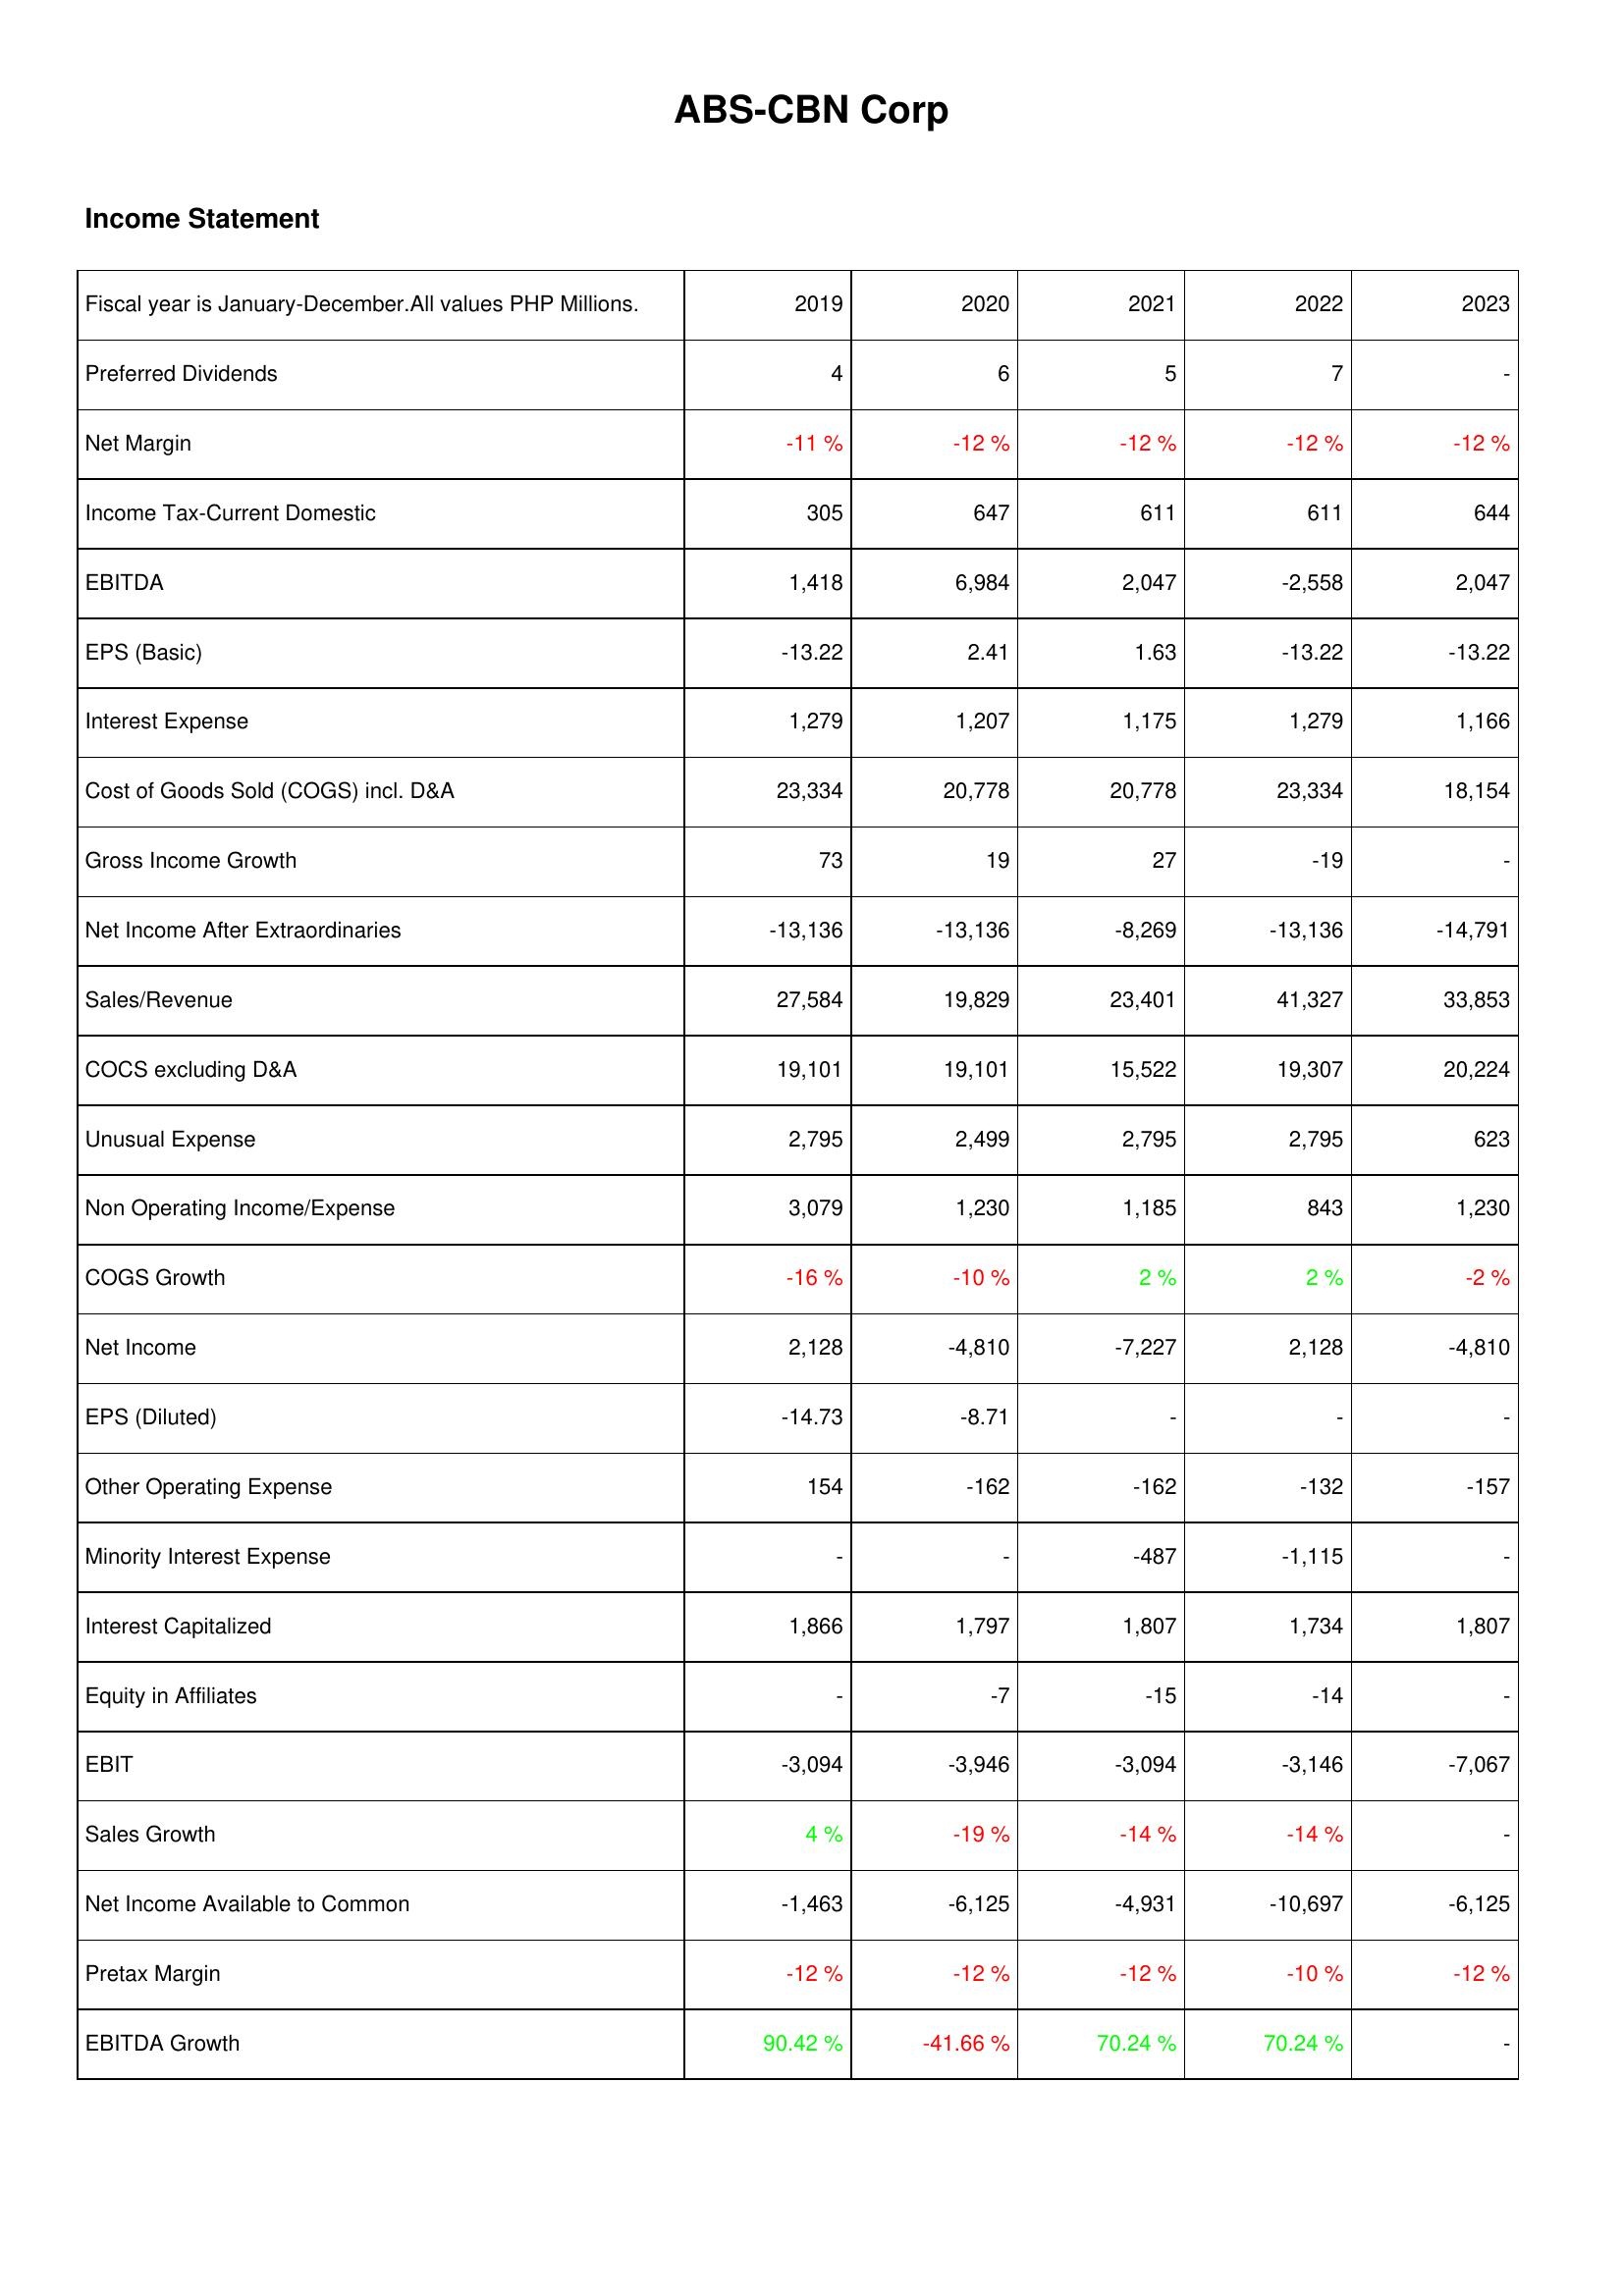
2019: Income Statement: Preferred Dividends: 4
Net Margin: -11 %
Income Tax-Current Domestic: 305
EBITDA: 1,418
EPS (Basic): -13.22
Interest Expense: 1,279
Cost of Goods Sold (COGS) incl. D&A: 23,334
Gross Income Growth: 73
Net Income After Extraordinaries: -13,136
Sales/Revenue: 27,584
COCS excluding D&A: 19,101
Unusual Expense: 2,795
Non Operating Income/Expense: 3,079
COGS Growth: -16 %
Net Income: 2,128
EPS (Diluted): -14.73
Other Operating Expense: 154
Minority Interest Expense: -
Interest Capitalized: 1,866
Equity in Affiliates: -
EBIT: -3,094
Sales Growth: 4 %
Net Income Available to Common: -1,463
Pretax Margin: -12 %
EBITDA Growth: 90.42 %
2020: Income Statement: Preferred Dividends: 6
Net Margin: -12 %
Income Tax-Current Domestic: 647
EBITDA: 6,984
EPS (Basic): 2.41
Interest Expense: 1,207
Cost of Goods Sold (COGS) incl. D&A: 20,778
Gross Income Growth: 19
Net Income After Extraordinaries: -13,136
Sales/Revenue: 19,829
COCS excluding D&A: 19,101
Unusual Expense: 2,499
Non Operating Income/Expense: 1,230
COGS Growth: -10 %
Net Income: -4,810
EPS (Diluted): -8.71
Other Operating Expense: -162
Minority Interest Expense: -
Interest Capitalized: 1,797
Equity in Affiliates: -7
EBIT: -3,946
Sales Growth: -19 %
Net Income Available to Common: -6,125
Pretax Margin: -12 %
EBITDA Growth: -41.66 %
2021: Income Statement: Preferred Dividends: 5
Net Margin: -12 %
Income Tax-Current Domestic: 611
EBITDA: 2,047
EPS (Basic): 1.63
Interest Expense: 1,175
Cost of Goods Sold (COGS) incl. D&A: 20,778
Gross Income Growth: 27
Net Income After Extraordinaries: -8,269
Sales/Revenue: 23,401
COCS excluding D&A: 15,522
Unusual Expense: 2,795
Non Operating Income/Expense: 1,185
COGS Growth: 2 %
Net Income: -7,227
EPS (Diluted): -
Other Operating Expense: -162
Minority Interest Expense: -487
Interest Capitalized: 1,807
Equity in Affiliates: -15
EBIT: -3,094
Sales Growth: -14 %
Net Income Available to Common: -4,931
Pretax Margin: -12 %
EBITDA Growth: 70.24 %
2022: Income Statement: Preferred Dividends: 7
Net Margin: -12 %
Income Tax-Current Domestic: 611
EBITDA: -2,558
EPS (Basic): -13.22
Interest Expense: 1,279
Cost of Goods Sold (COGS) incl. D&A: 23,334
Gross Income Growth: -19
Net Income After Extraordinaries: -13,136
Sales/Revenue: 41,327
COCS excluding D&A: 19,307
Unusual Expense: 2,795
Non Operating Income/Expense: 843
COGS Growth: 2 %
Net Income: 2,128
EPS (Diluted): -
Other Operating Expense: -132
Minority Interest Expense: -1,115
Interest Capitalized: 1,734
Equity in Affiliates: -14
EBIT: -3,146
Sales Growth: -14 %
Net Income Available to Common: -10,697
Pretax Margin: -10 %
EBITDA Growth: 70.24 %
2023: Income Statement: Preferred Dividends: -
Net Margin: -12 %
Income Tax-Current Domestic: 644
EBITDA: 2,047
EPS (Basic): -13.22
Interest Expense: 1,166
Cost of Goods Sold (COGS) incl. D&A: 18,154
Gross Income Growth: -
Net Income After Extraordinaries: -14,791
Sales/Revenue: 33,853
COCS excluding D&A: 20,224
Unusual Expense: 623
Non Operating Income/Expense: 1,230
COGS Growth: -2 %
Net Income: -4,810
EPS (Diluted): -
Other Operating Expense: -157
Minority Interest Expense: -
Interest Capitalized: 1,807
Equity in Affiliates: -
EBIT: -7,067
Sales Growth: -
Net Income Available to Common: -6,125
Pretax Margin: -12 %
EBITDA Growth: -